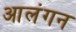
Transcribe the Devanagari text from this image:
आलंगन